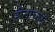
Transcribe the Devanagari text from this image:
हीनाचारों